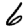
Digit: 6